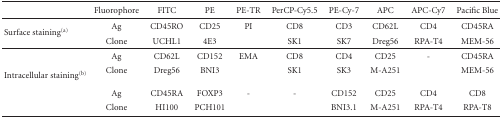
<table><thead><tr><td></td><td><b>Fluorophore</b></td><td><b>FITC</b></td><td><b>PE</b></td><td><b>PE-TR</b></td><td><b>PerCP-Cy5.5</b></td><td><b>PE-Cy-7</b></td><td><b>APC</b></td><td><b>APC-Cy7</b></td><td><b>Pacific Blue</b></td></tr></thead><tbody><tr><td rowspan="2">Surface staining<sup>(a)</sup></td><td>Ag</td><td>CD45RO</td><td>CD25</td><td>PI</td><td>CD8</td><td>CD3</td><td>CD62L</td><td>CD4</td><td>CD45RA</td></tr><tr><td>Clone</td><td>UCHL1</td><td>4E3</td><td></td><td>SK1</td><td>SK7</td><td>Dreg56</td><td>RPA-T4</td><td>MEM-56</td></tr><tr><td rowspan="4">Intracellular staining<sup>(b)</sup></td><td>Ag</td><td>CD62L</td><td>CD152</td><td>EMA</td><td>CD8</td><td>CD4</td><td>CD25</td><td>-</td><td>CD45RA</td></tr><tr><td>Clone</td><td>Dreg56</td><td>BNI3</td><td></td><td>SK1</td><td>SK3</td><td>M-A251</td><td></td><td>MEM-56</td></tr><tr><td>Ag</td><td>CD45RA</td><td>FOXP3</td><td>-</td><td>-</td><td>CD152</td><td>CD25</td><td>CD4</td><td>CD8</td></tr><tr><td>Clone</td><td>HI100</td><td>PCH101</td><td></td><td></td><td>BNI3.1</td><td>M-A251</td><td>RPA-T4</td><td>RPA-T8</td></tr></tbody></table>